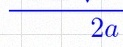
2a